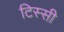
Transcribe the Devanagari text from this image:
टिस्सी